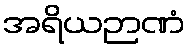
အရိယဉာဏံ